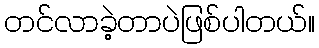
တင်လာခဲ့တာပဲဖြစ်ပါတယ်။